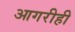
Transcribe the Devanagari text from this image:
आगरीही